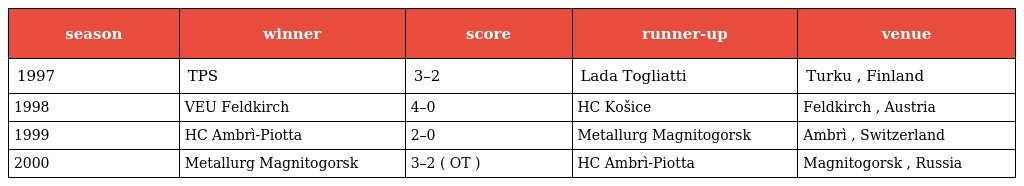
| season | winner | score | runner-up | venue |
 | --- | --- | --- | --- | --- |
 | 1997 | TPS | 3–2 | Lada Togliatti | Turku , Finland |
 | 1998 | VEU Feldkirch | 4–0 | HC Košice | Feldkirch , Austria |
 | 1999 | HC Ambrì-Piotta | 2–0 | Metallurg Magnitogorsk | Ambrì , Switzerland |
 | 2000 | Metallurg Magnitogorsk | 3–2 ( OT ) | HC Ambrì-Piotta | Magnitogorsk , Russia |